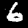
Label: 6